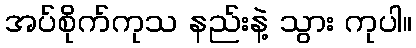
အပ်စိုက်ကုသ နည်းနဲ့ သွား ကုပါ။